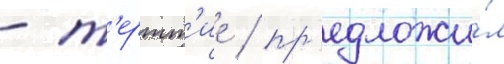
- т'ертт'ие / пр'едложи́л